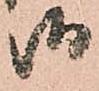
御